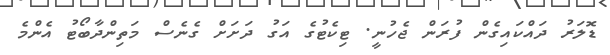
ޑޮލަރު ދައްކައިގެން ފުރަން ޖެހުނީ. ޓިކެޓުގެ އަގު ދަށަށް ގެނެސް މަތިންދާބޯޓު އެންމެ